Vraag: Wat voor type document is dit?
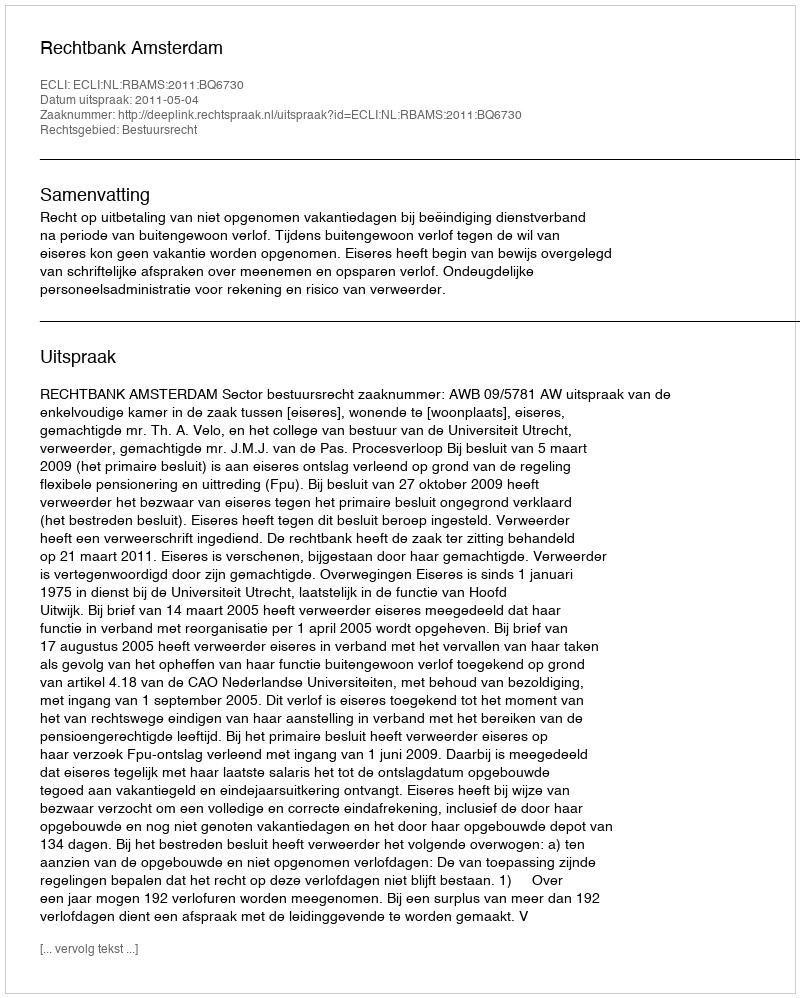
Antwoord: Uitspraak